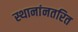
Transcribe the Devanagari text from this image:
स्थानांनतरित